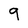
Character: 9